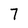
Character: 7